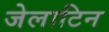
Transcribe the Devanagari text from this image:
जेलाटिन